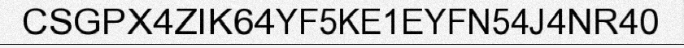
CSGPX4ZIK64YF5KE1EYFN54J4NR40